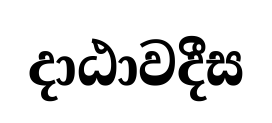
දාඨාවදීස